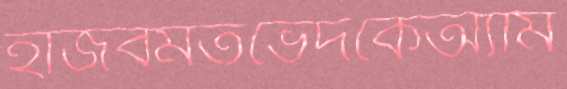
হাজবমতভেদকেঅ্যাম